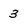
Character: 3